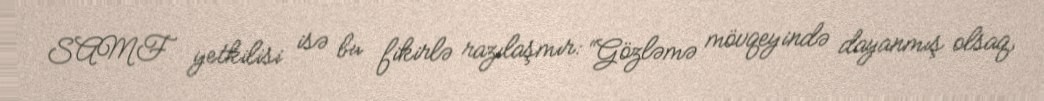
SAMF yetkilisi isə bu fikirlə razılaşmır: “Gözləmə mövqeyində dayanmış olsaq,